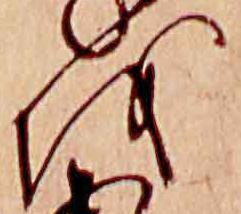
を